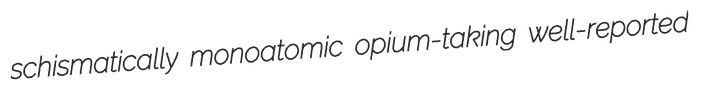
schismatically monoatomic opium-taking well-reported